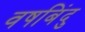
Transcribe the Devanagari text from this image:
वषबिंदु